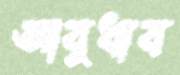
আবুধাব